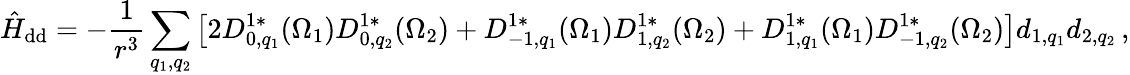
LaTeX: \hat{H}_{\mathrm{dd}}=-\frac{1}{r^{3}}\sum_{q_{1},q_{2}}\left[2D_{0,q_{1}}^{1*}(\Omega_{1})D_{0,q_{2}}^{1*}(\Omega_{2})+D_{-1,q_{1}}^{1*}(\Omega_{1})D_{1,q_{2}}^{1*}(\Omega_{2})+D_{1,q_{1}}^{1*}(\Omega_{1})D_{-1,q_{2}}^{1*}(\Omega_{2})\right]d_{1,q_{1}}d_{2,q_{2}}\, ,